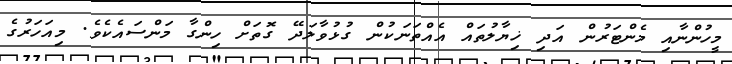
މީހުންނާއި މެންޓަރުން އަދި ޚިޔާލުތައް އެއްތަނަކުން ގުޅުވާލަދޭ ގޮތަށް ހިންގާ މަންސައެކެވެ. މިއަހަރުގެ